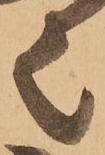
者